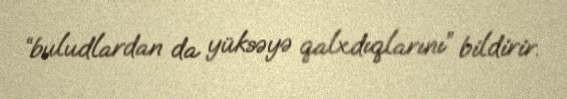
“buludlardan da yüksəyə qalxdıqlarını” bildirir.